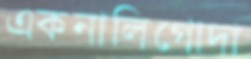
একনালিগোদা